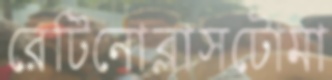
রেটিনোব্লাসটোমা